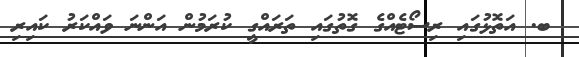
ބ. އަތޮޅުގައި ރިސޯޓެއްގެ ގޮތުގައި ތަރައްގީ ކުރަމުން އަންނަ ވައްކަރު ކައިރި